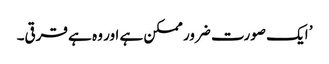
’ ایک صورت ضرور ممکن ہے اور وہ ہے قرقی۔